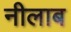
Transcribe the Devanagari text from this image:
नीलाब